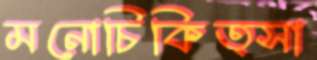
মনোচিকিত্সা